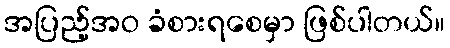
အပြည့်အဝ ခံစားရစေမှာ ဖြစ်ပါတယ်။